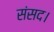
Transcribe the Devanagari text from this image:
संसद।